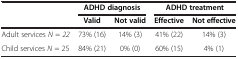
<table><thead><tr><td>[EMPTY_CELL]</td><td colspan="2"><b>ADHD diagnosis</b></td><td colspan="2"><b>ADHD treatment</b></td></tr><tr><td>[EMPTY_CELL]</td><td><b>Valid</b></td><td><b>Not valid</b></td><td><b>Effective</b></td><td><b>Not effective</b></td></tr></thead><tbody><tr><td>Adult services <i>N</i> = <i>22</i></td><td>73% (16)</td><td>14% (3)</td><td>41% (22)</td><td>14% (3)</td></tr><tr><td>Child services <i>N</i> = 25</td><td>84% (21)</td><td>0% (0)</td><td>60% (15)</td><td>4% (1)</td></tr></tbody></table>